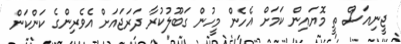
ޖީނިއަސް ތީ މޮޔައިން ކަމަށް އެހެން މީހުން ގަބޫލުކުރާ ދަރަޖައަށް އެވެރިންގެ ކަންކަން